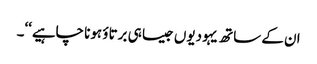
ان کے ساتھ یہودیوں جیسا ہی برتاؤ ہونا چاہیے‘‘۔